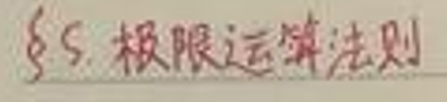
$\S 5.$ 极限运算法则